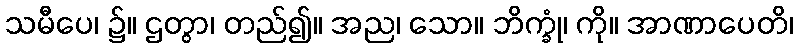
သမီပေ၊ ၌။ ဌတွာ၊ တည်၍။ အည၊ သော။ ဘိက္ခုံ၊ ကို။ အာဏာပေတိ၊